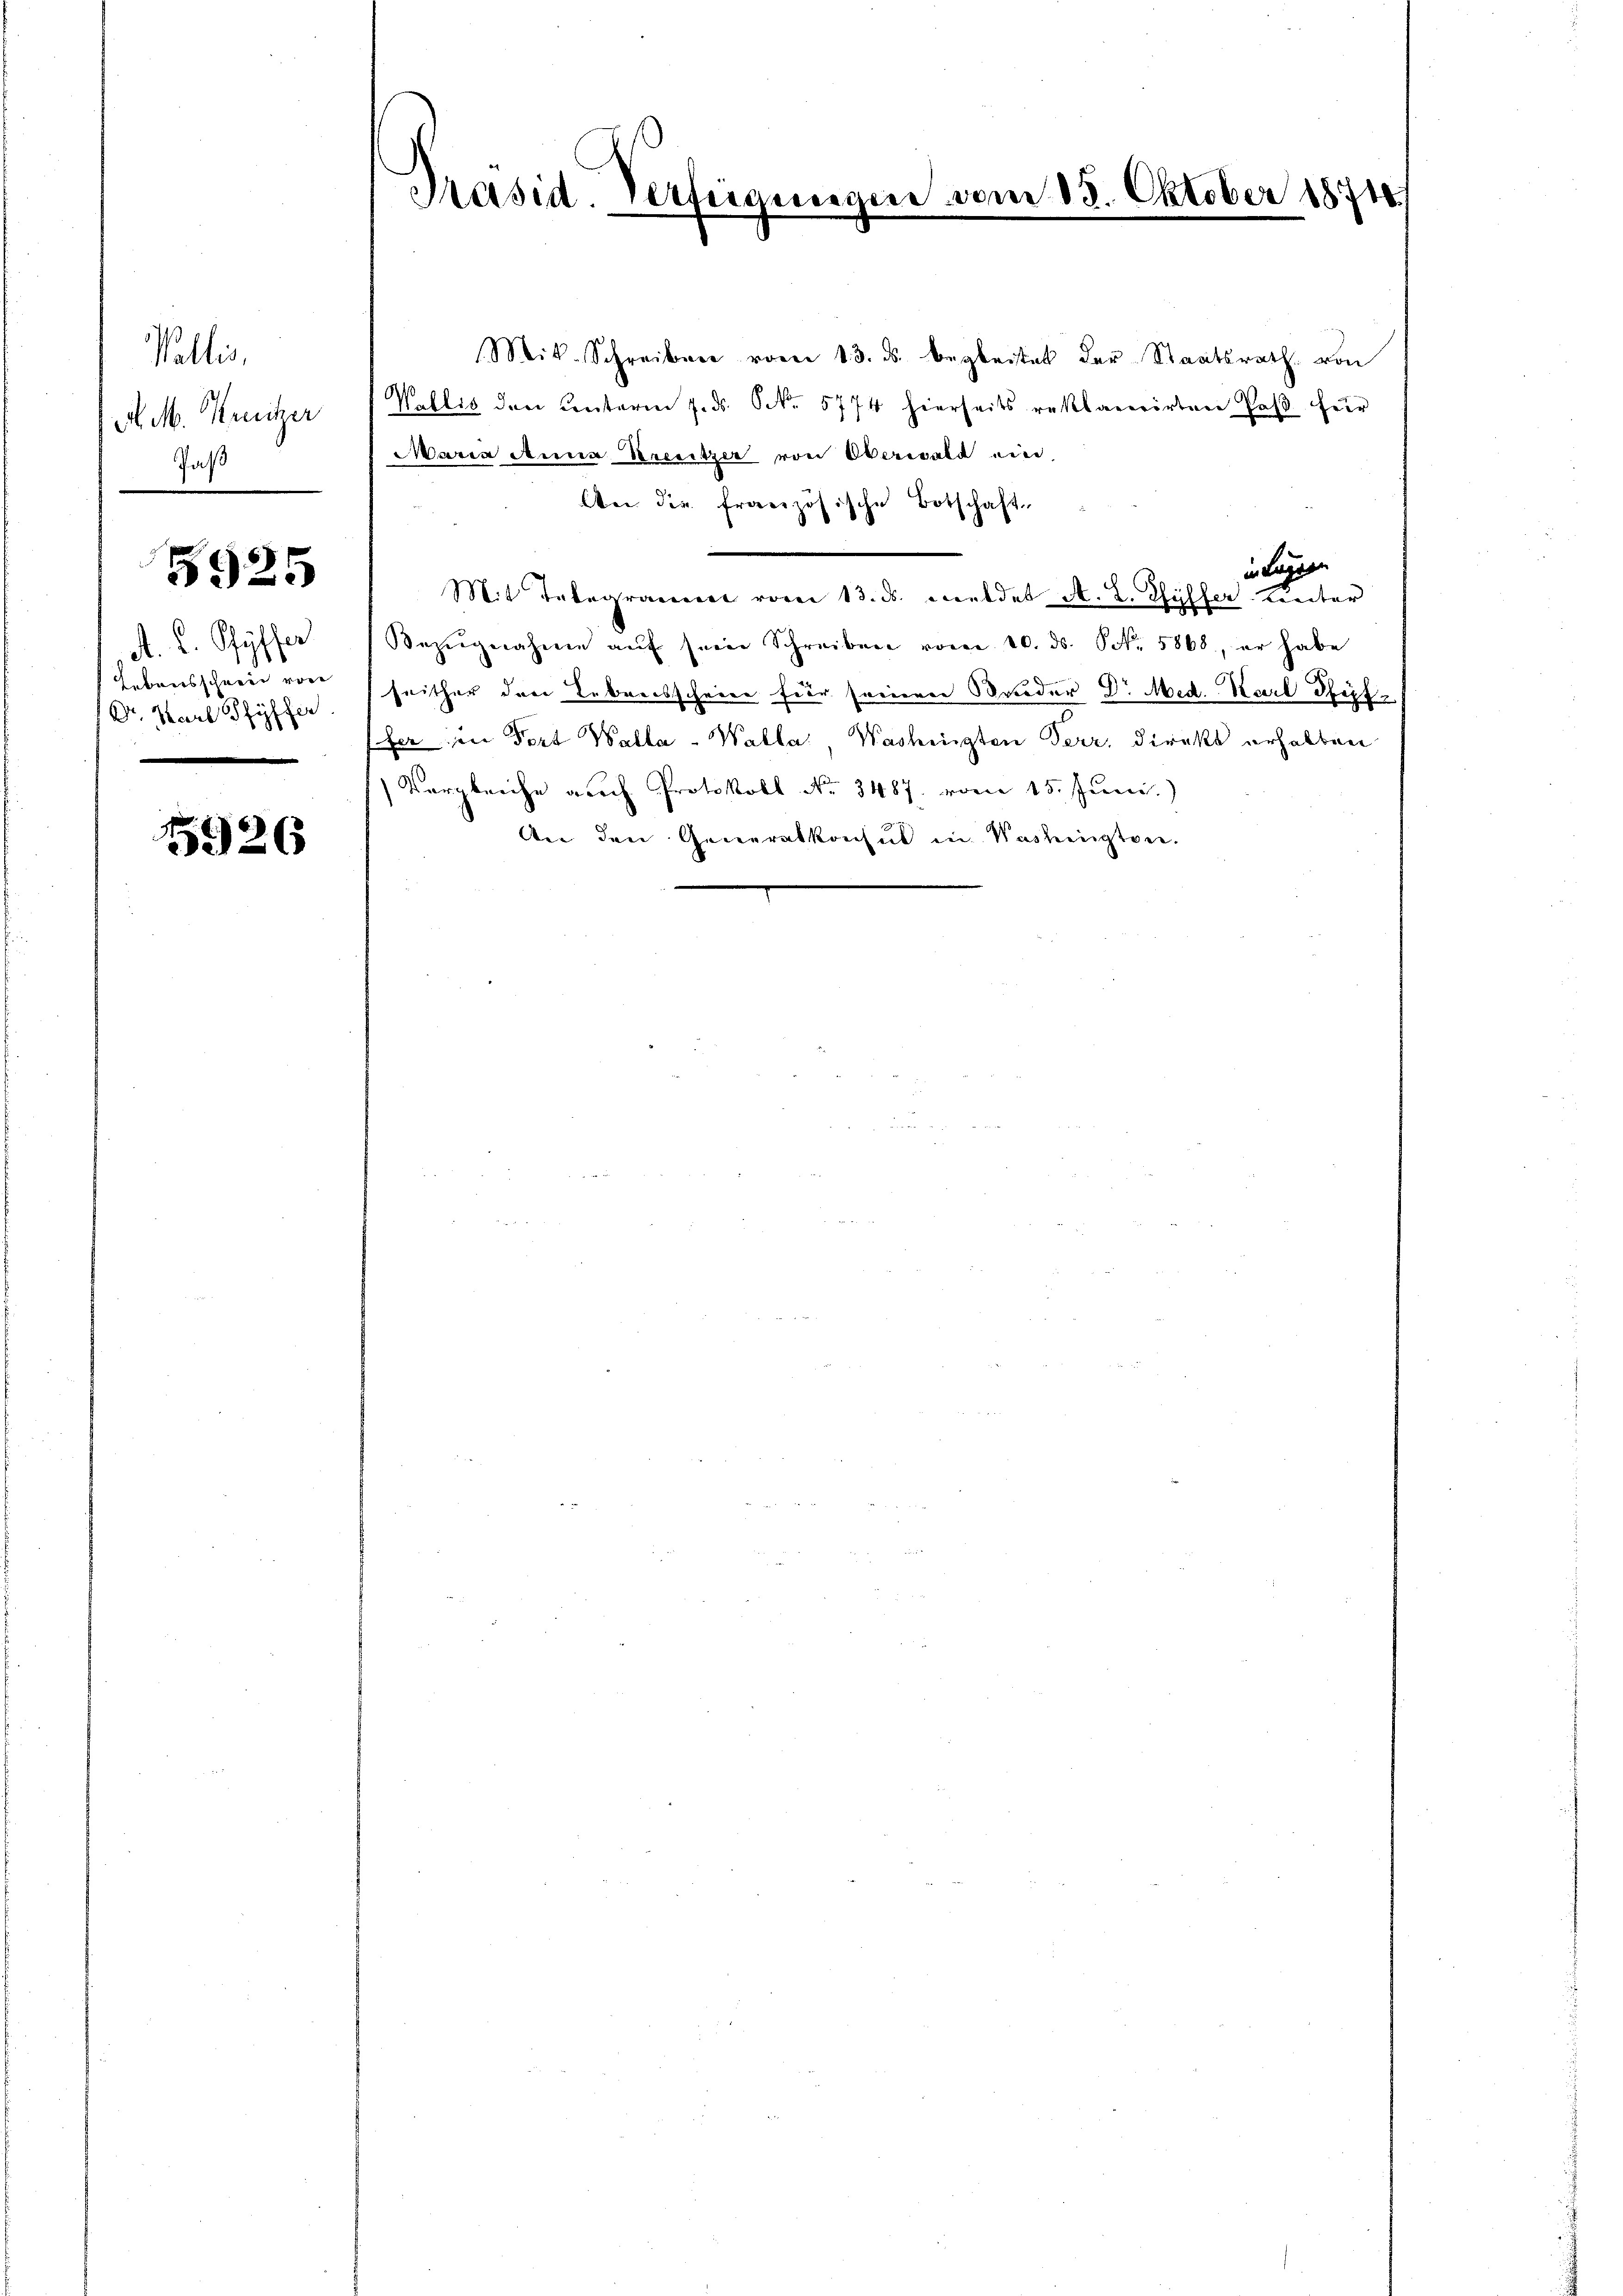
Vallis,
M. M. Kreutzer
Paß
.

5925

A. C. Ryffer
Lebensschneer von
Dr. Karl Pfyffer

5926

Präsid. Verfügungen vom 18. Oktober 18718.

Mit Schreiben vom 13. ds. begleitet der Staatsrath. von
Wallis den Centarie 7. ds. S. 5774 hierseits reklaverirten Paβ für
Maria Anna Kresitzer von Oberwald ein
Aber die französische Botschaft
in Lugan
Mit Telegramm vom 13. ds. meldet A. L. Pfüller Linter
Bezŭgnahme aŭf sein Schreiben vom 10. ds. Oct. 5868, er habe
seither den Lebreisschrere für seinen Bruder Dr. Med. Karl Sept.
fer in Fort Walta - Walla, Washingten Terr, direkt erhalten
Vergleiche auch Protokoll No 3487. vom 15. Juni.)
An den Generalkonsul in Washingtone.